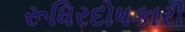
રૂધિરદોષકારી